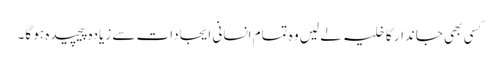
کسی بھی جاندار کا خلیہ لے لیں وہ تمام انسانی ایجادات سے زیادہ پیچیدہ ہو گا۔